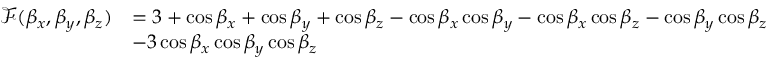
\begin{array} { r l } { \mathscr F ( \beta _ { x } , \beta _ { y } , \beta _ { z } ) } & { = 3 + \cos \beta _ { x } + \cos \beta _ { y } + \cos \beta _ { z } - \cos \beta _ { x } \cos \beta _ { y } - \cos \beta _ { x } \cos \beta _ { z } - \cos \beta _ { y } \cos \beta _ { z } } \\ & { - 3 \cos \beta _ { x } \cos \beta _ { y } \cos \beta _ { z } } \end{array}